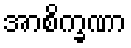
အာစိက္ခဏာ